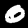
Label: 0